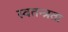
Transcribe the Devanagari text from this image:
स्‍वतन्त्रता